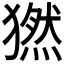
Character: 𤡮